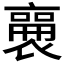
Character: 𬡫